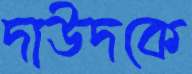
দাউদকে